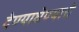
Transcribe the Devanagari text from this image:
देण्याघेण्याचे